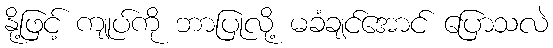
နို့ဖြင့် ကျုပ်ကို ဘာပြုလို့ မခံချင်အောင် ပြောသလဲ